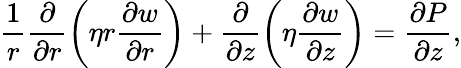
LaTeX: \frac{1}{r}\frac{\partial}{\partial r}\left(\eta r\frac{\partial w}{\partial r}\right)+\frac{\partial}{\partial z}\left(\eta\frac{\partial w}{\partial z}\right)=\frac{\partial P}{\partial z},